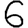
Digit: 6